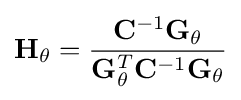
\mathbf {H} _{\theta }={\frac {\mathbf {C} ^{-1}\mathbf {G} _{\theta }}{\mathbf {G} _{\theta }^{T}\mathbf {C} ^{-1}\mathbf {G} _{\theta }}}